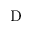
\mathrm { D }